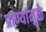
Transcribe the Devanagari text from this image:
प्राण्यांमुळे